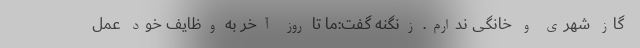
گاز شهری و خانگی ندارم. زنگنه گفت:ما تا روز آخر به وظایف خود عمل